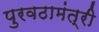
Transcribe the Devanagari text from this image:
पुरवठामंत्री